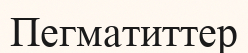
Пегматиттер